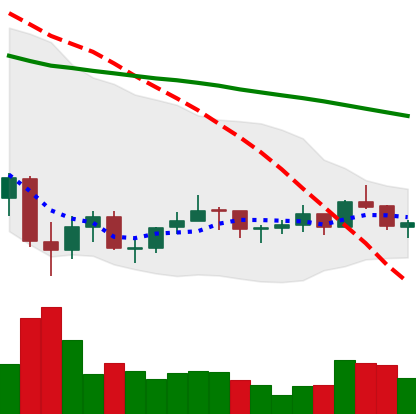
Ticker: LINK-USD
Chart end date: 2021-07-09
Forward return: -9.043%
Label: down_7plus